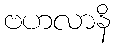
ဗဟလာနိ